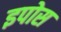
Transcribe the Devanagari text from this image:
इपोस